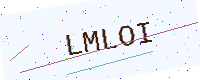
Text: LMLOI